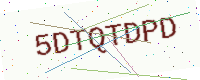
Text: 5DTQTDPD